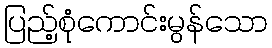
ပြည့်စုံကောင်းမွန်သော